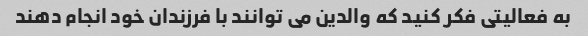
به فعالیتی فکر کنید که والدین می توانند با فرزندان خود انجام دهند